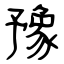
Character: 豫